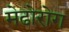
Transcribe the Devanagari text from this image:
मेढोरोग